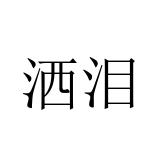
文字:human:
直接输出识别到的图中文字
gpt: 洒泪